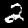
Label: 2